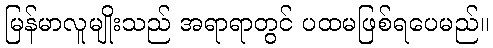
မြန်မာလူမျိုးသည် အရာရာတွင် ပထမဖြစ်ရပေမည်။